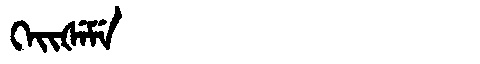
Manchu: ᡴᡝᡳᡧᡝᠮᡝ
Romanization: KEIŠEME